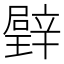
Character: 𱯳